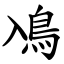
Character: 鳰